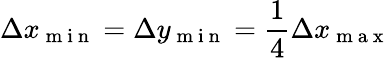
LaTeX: \Delta x_{\mathrm{~m~i~n~}}=\Delta y_{\mathrm{~m~i~n~}}=\frac{1}{4}\Delta x_{\mathrm{~m~a~x~}}